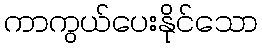
ကာကွယ်ပေးနိုင်သော